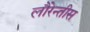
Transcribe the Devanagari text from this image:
लौरेन्तीस